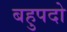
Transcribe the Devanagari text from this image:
बहुपदो